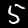
Label: 5